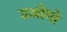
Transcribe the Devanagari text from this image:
उओमो